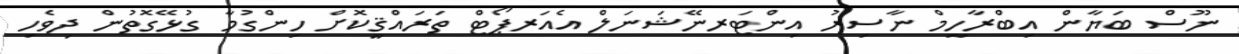
ނޫސް ބަޔާން އިބްރާހީމް ނާސިރު އިންޓަރނޭޝަނަލް އެއަރޕޯޓް ތަރައްޤީކޮށް ހިންގުމާ ގުޅޭގޮތުން ދިވެހި